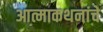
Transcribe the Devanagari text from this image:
आत्माकथनांचे